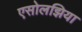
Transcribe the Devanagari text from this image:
एसोलझिया